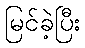
မြင်ခဲ့ပြီး